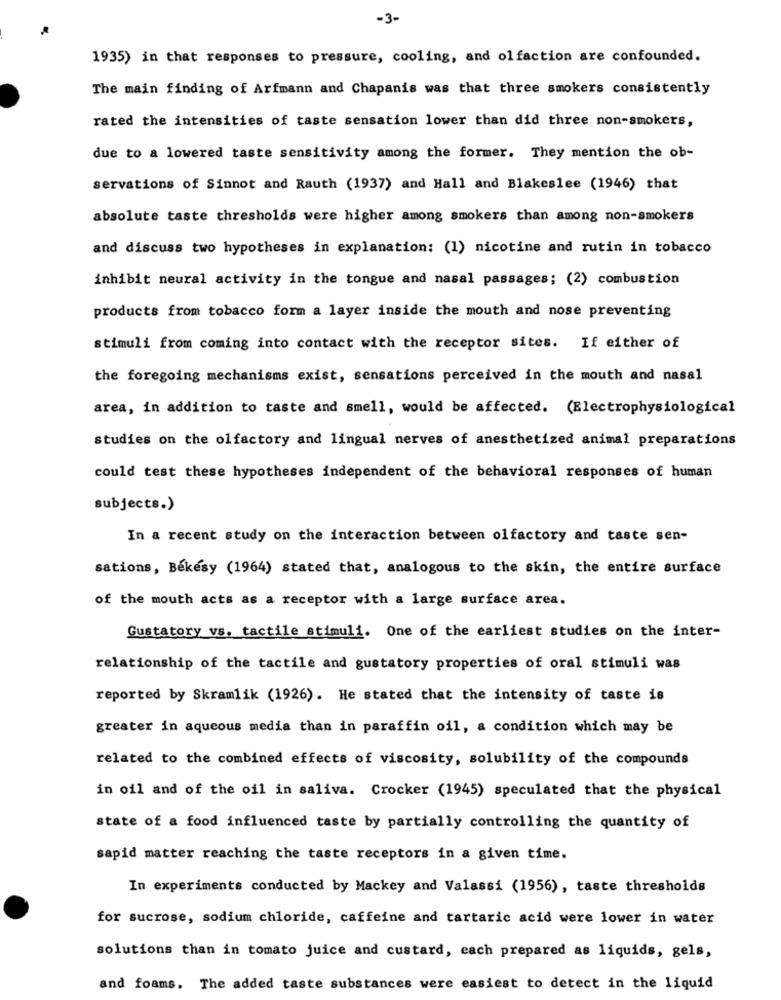
-3-
1935) in that responses to pressure, cooling, and olfaction are confounded.
The main finding of Arfmann and Chapanis was that three smokers consistently
rated the intensities of taste sensation lower than did three non-smokers,
due to a lowered taste sensitivity among the former. They mention the ob-
servations of Sinnot and Rauth (1937) and Hall and Blakeslee (1946) that
absolute taste thresholds were higher among smokers than among non-smokers
and discuss two hypotheses in explanation: (1) nicotine and rutin in tobacco
inhibit neural activity in the tongue and nasal passages; (2) combustion
products from tobacco form a layer inside the mouth and nose preventing
stimuli from coming into contact with the receptor sites. If either of
the foregoing mechanisms exist, sensations perceived in the mouth and nasal
area, in addition to taste and smell, would be affected. (Electrophysiological
studies on the olfactory and lingual nerves of anesthetized animal preparations
could test these hypotheses independent of the behavioral responses of human
subjects.)
In a recent study on the interaction between olfactory and taste sen-
sations, Bekesy (1964) stated that, analogous to the skin, the entire surface
of the mouth acts as a receptor with a large surface area.
Gustatory vs. tactile stimuli. One of the earliest studies on the inter-
relationship of the tactile and gustatory properties of oral stimuli was
reported by Skramlik (1926). He stated that the intensity of taste is
greater in aqueous media than in paraffin oil, a condition which may be
related to the combined effects of viscosity, solubility of the compounds
in oil and of the oil in saliva. Crocker (1945) speculated that the physical
state of a food influenced taste by partially controlling the quantity of
sapid matter reaching the taste receptors in a given time.
In experiments conducted by Mackey and Valassi (1956), taste thresholds
for sucrose, sodium chloride, caffeine and tartaric acid were lower in water
solutions than in tomato juice and custard, each prepared as liquids, gels,
and foams. The added taste substances were easiest to detect in the liquid